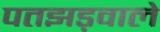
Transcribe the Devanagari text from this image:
पतझड़वाले